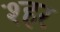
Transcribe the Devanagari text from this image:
श्हर